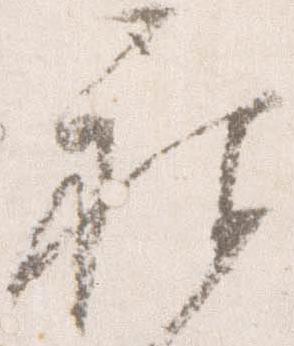
被